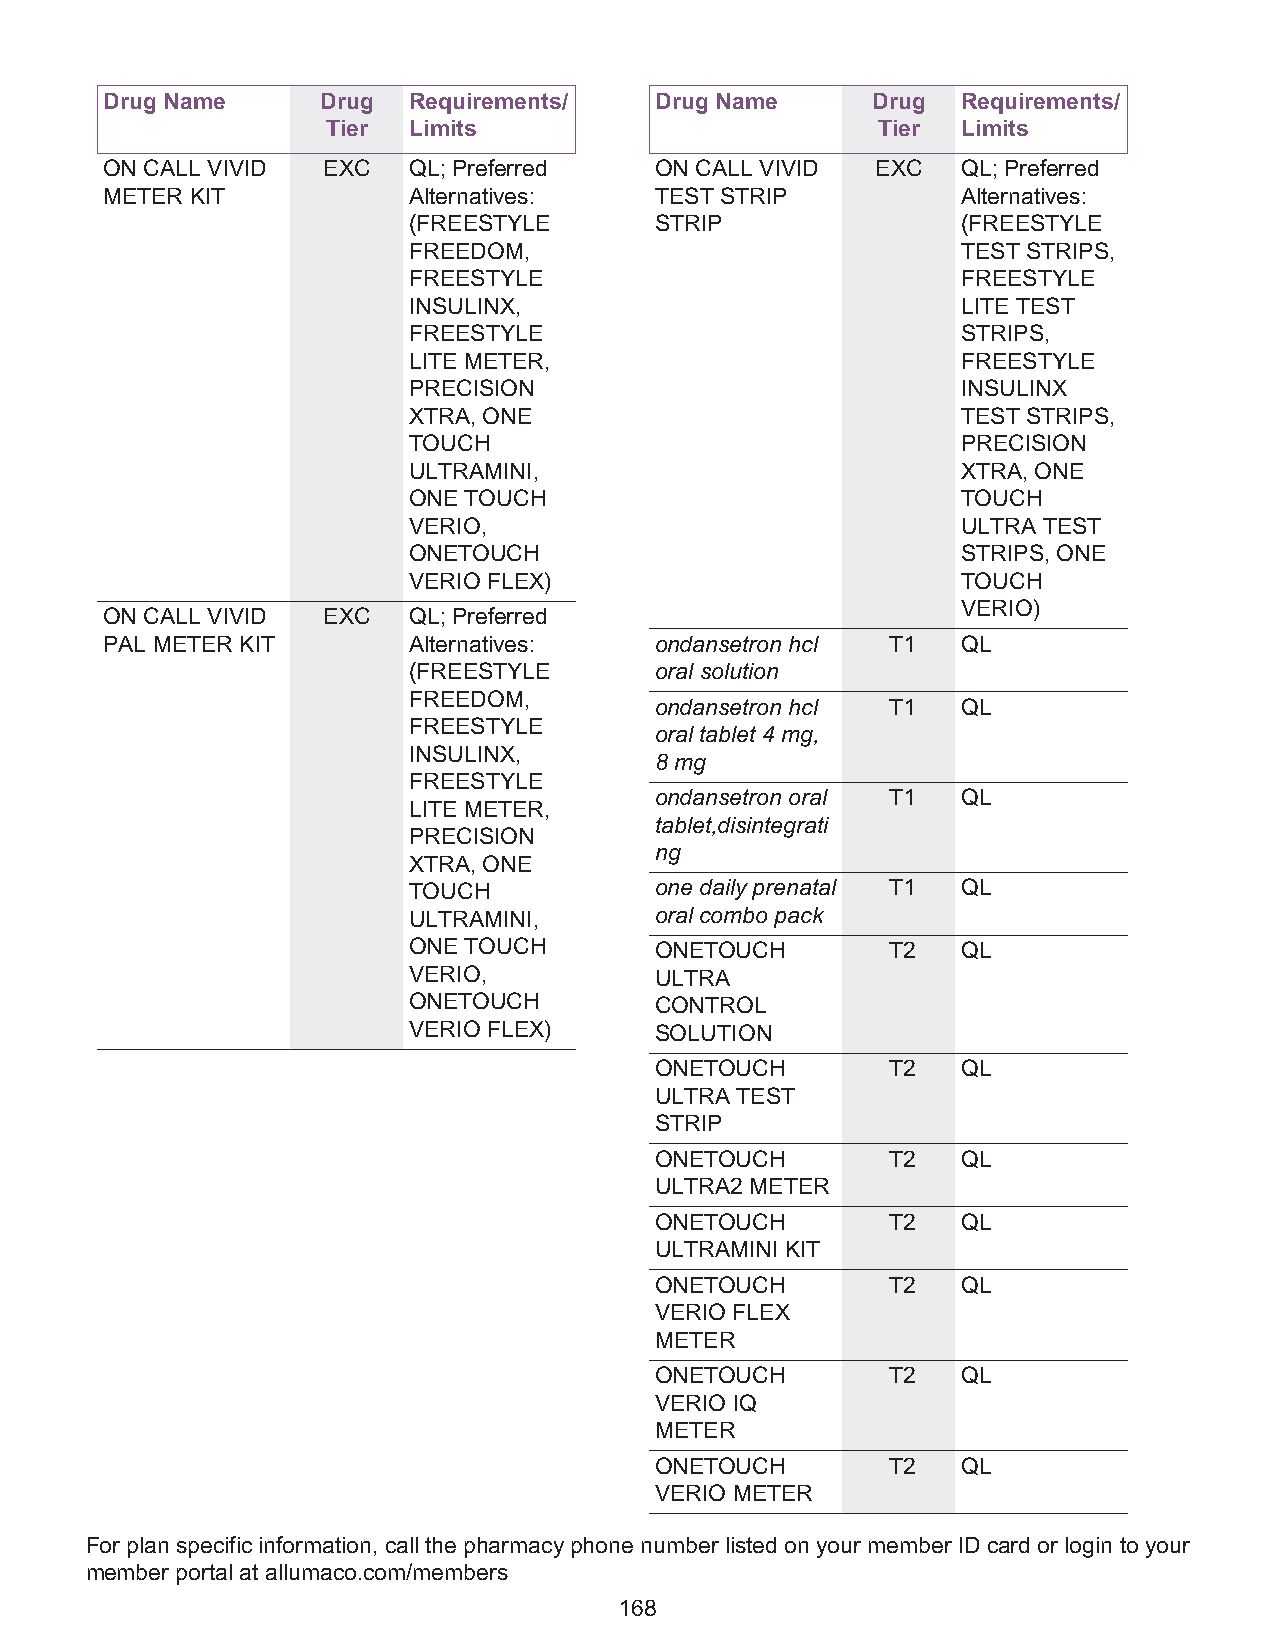
Drug Name     Drug  Requirements/   Drug Name      Drug  Requirements/
 Tier Limits                         Tier  Limits
 ON CALL VIVID EXC   QL; Preferred   ON CALL VIVID  EXC   QL; Preferred
 METER KIT           Alternatives:   TEST STRIP           Alternatives:
 (FREESTYLE      STRIP                (FREESTYLE
 FREEDOM,                             TEST STRIPS,
 FREESTYLE                            FREESTYLE
 INSULINX,                            LITE TEST
 FREESTYLE                            STRIPS,
 LITE METER,                          FREESTYLE
 PRECISION                            INSULINX
 XTRA, ONE                            TEST STRIPS,
 TOUCH                                PRECISION
 ULTRAMINI,                           XTRA, ONE
 ONE TOUCH                            TOUCH
 VERIO,                               ULTRA TEST
 ONETOUCH                             STRIPS, ONE
 VERIO FLEX)                          TOUCH
 VERIO)
 ON CALL VIVID EXC   QL; Preferred
 PAL METER KIT       Alternatives:   ondansetron hcl T1   QL
 (FREESTYLE      oral solution
 FREEDOM,
 ondansetron hcl T1   QL
 FREESTYLE
 oral tablet 4 mg,
 INSULINX,
 8 mg
 FREESTYLE
 ondansetron oral T1  QL
 LITE METER,
 tablet,disintegrati
 PRECISION
 ng
 XTRA, ONE
 TOUCH           one daily prenatal T1 QL
 ULTRAMINI,      oral combo pack
 ONE TOUCH       ONETOUCH        T2   QL
 VERIO,          ULTRA
 ONETOUCH        CONTROL
 VERIO FLEX)     SOLUTION
 ONETOUCH        T2   QL
 ULTRA TEST
 STRIP
 ONETOUCH        T2   QL
 ULTRA2 METER
 ONETOUCH        T2   QL
 ULTRAMINI KIT
 ONETOUCH        T2   QL
 VERIO FLEX
 METER
 ONETOUCH        T2   QL
 VERIO IQ
 METER
 ONETOUCH        T2   QL
 VERIO METER
 For plan specific information, call the pharmacy phone number listed on your member ID card or login to your
 member portal at allumaco.com/members
 168